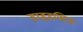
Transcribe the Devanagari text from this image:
डाइडक्टिक